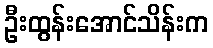
ဦးထွန်းအောင်သိန်းက